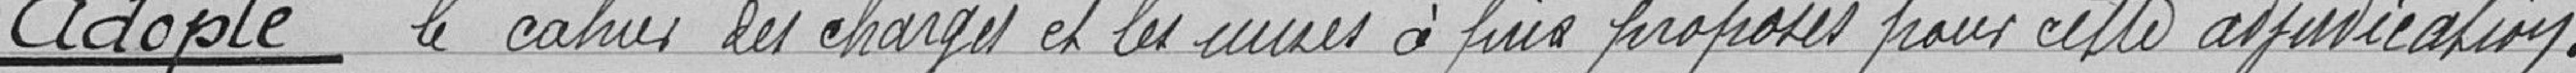
Adopte le cahier des charges et les mises à prix proposés pour cette adjudication.